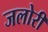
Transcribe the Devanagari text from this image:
जलोरी